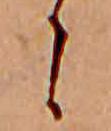
に